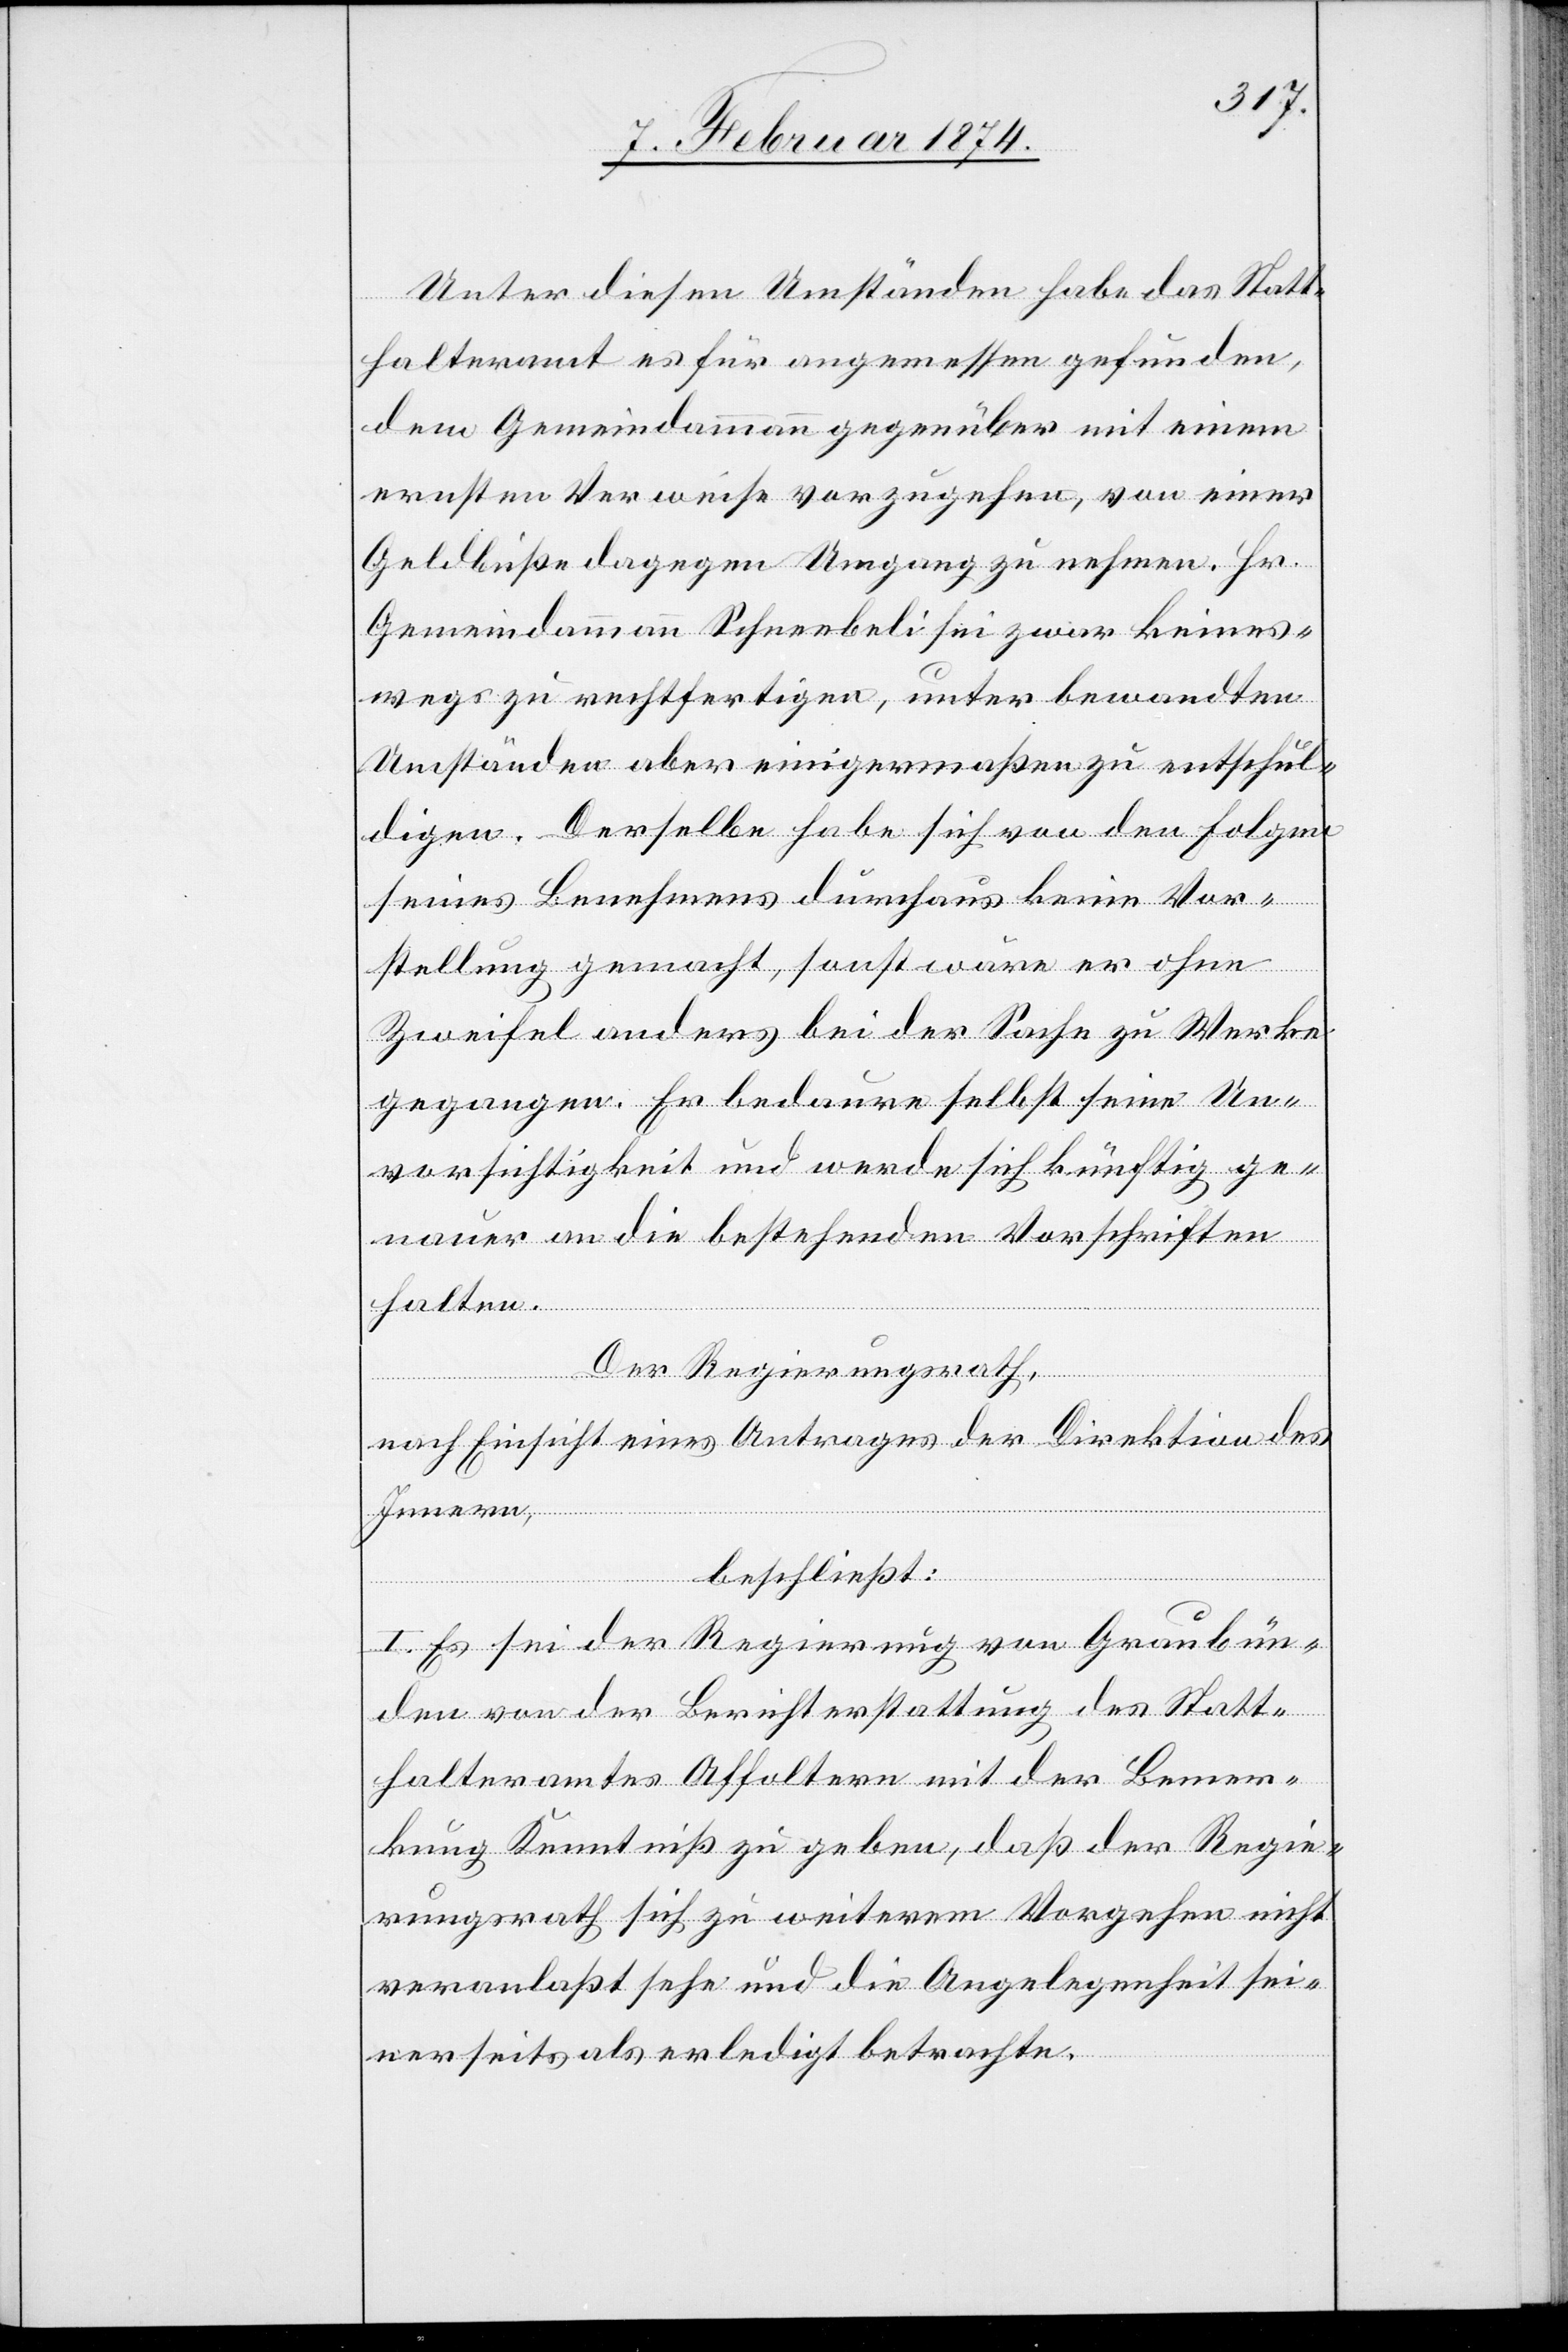
Unter diesen Umständen habe das Statt¬
halteramt es für angemessen gefunden,
dem Gemeindammann gegenüber mit einem
ernsten Verweise vorzugehen, von einer
Geldbuße dagegen Umgang zu nehmen. Hr.
Gemeindammann Schneebeli sei zwar keines¬
wegs zu rechtfertigen, unter bewandten
Umständen aber einigermaßen zu entschul¬
digen. Derselbe habe sich von den Folgen
seines Benehmens durchaus keine Vor¬
stellung gemacht, sonst wäre er ohne
Zweifel anders bei der Sache zu Werke
gegangen. Er bedaure selbst seine Un¬
vorsichtigkeit und werde sich künftig ge¬
nauer an die bestehenden Vorschriften
halten.
Der Regierungsrath,
nach Einsicht eines Antrages der Direktion des
Innern,
beschließt:
I. Es sei der Regierung von Graubün¬
den von der Berichterstattung des Statt¬
halteramtes Affoltern mit der Bemer¬
kung Kenntniß zu geben, daß der Regie¬
rungsrath sich zu weiterem Vorgehen nicht
veranlaßt sehe und die Angelegenheit sei¬
nerseits als erledigt betrachte.